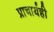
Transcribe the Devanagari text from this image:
प्राचार्यही